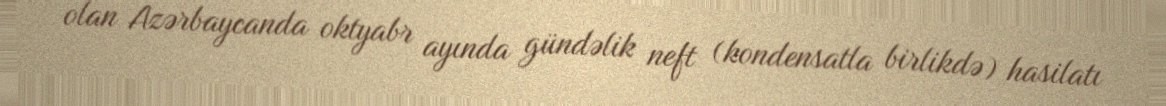
olan Azərbaycanda oktyabr ayında gündəlik neft (kondensatla birlikdə) hasilatı